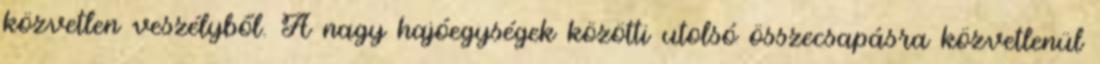
közvetlen veszélyből. A nagy hajóegységek közötti utolsó összecsapásra közvetlenül